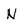
Character: N